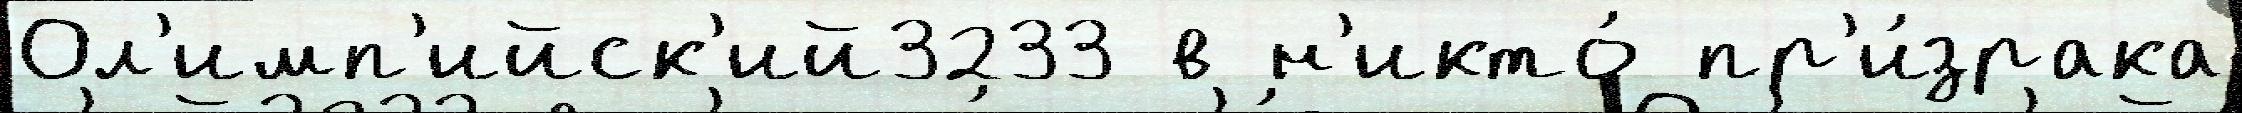
Ол'имп'ийск'ий3233 в н'икто́ пр'и́зрака